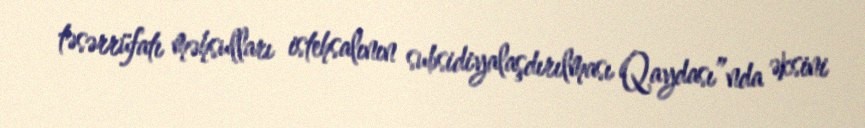
təsərrüfatı məhsulları istehsalının subsidiyalaşdırılması Qaydası”nda əksini